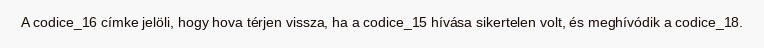
A codice_16 címke jelöli, hogy hova térjen vissza, ha a codice_15 hívása sikertelen volt, és meghívódik a codice_18.